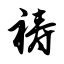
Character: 祷